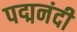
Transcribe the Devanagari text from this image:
पद्मनंदी